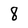
Character: 8